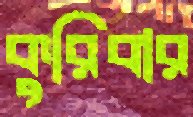
কুরিবার